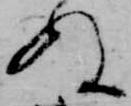
ぬ